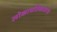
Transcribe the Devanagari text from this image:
लोकायतिकालाच